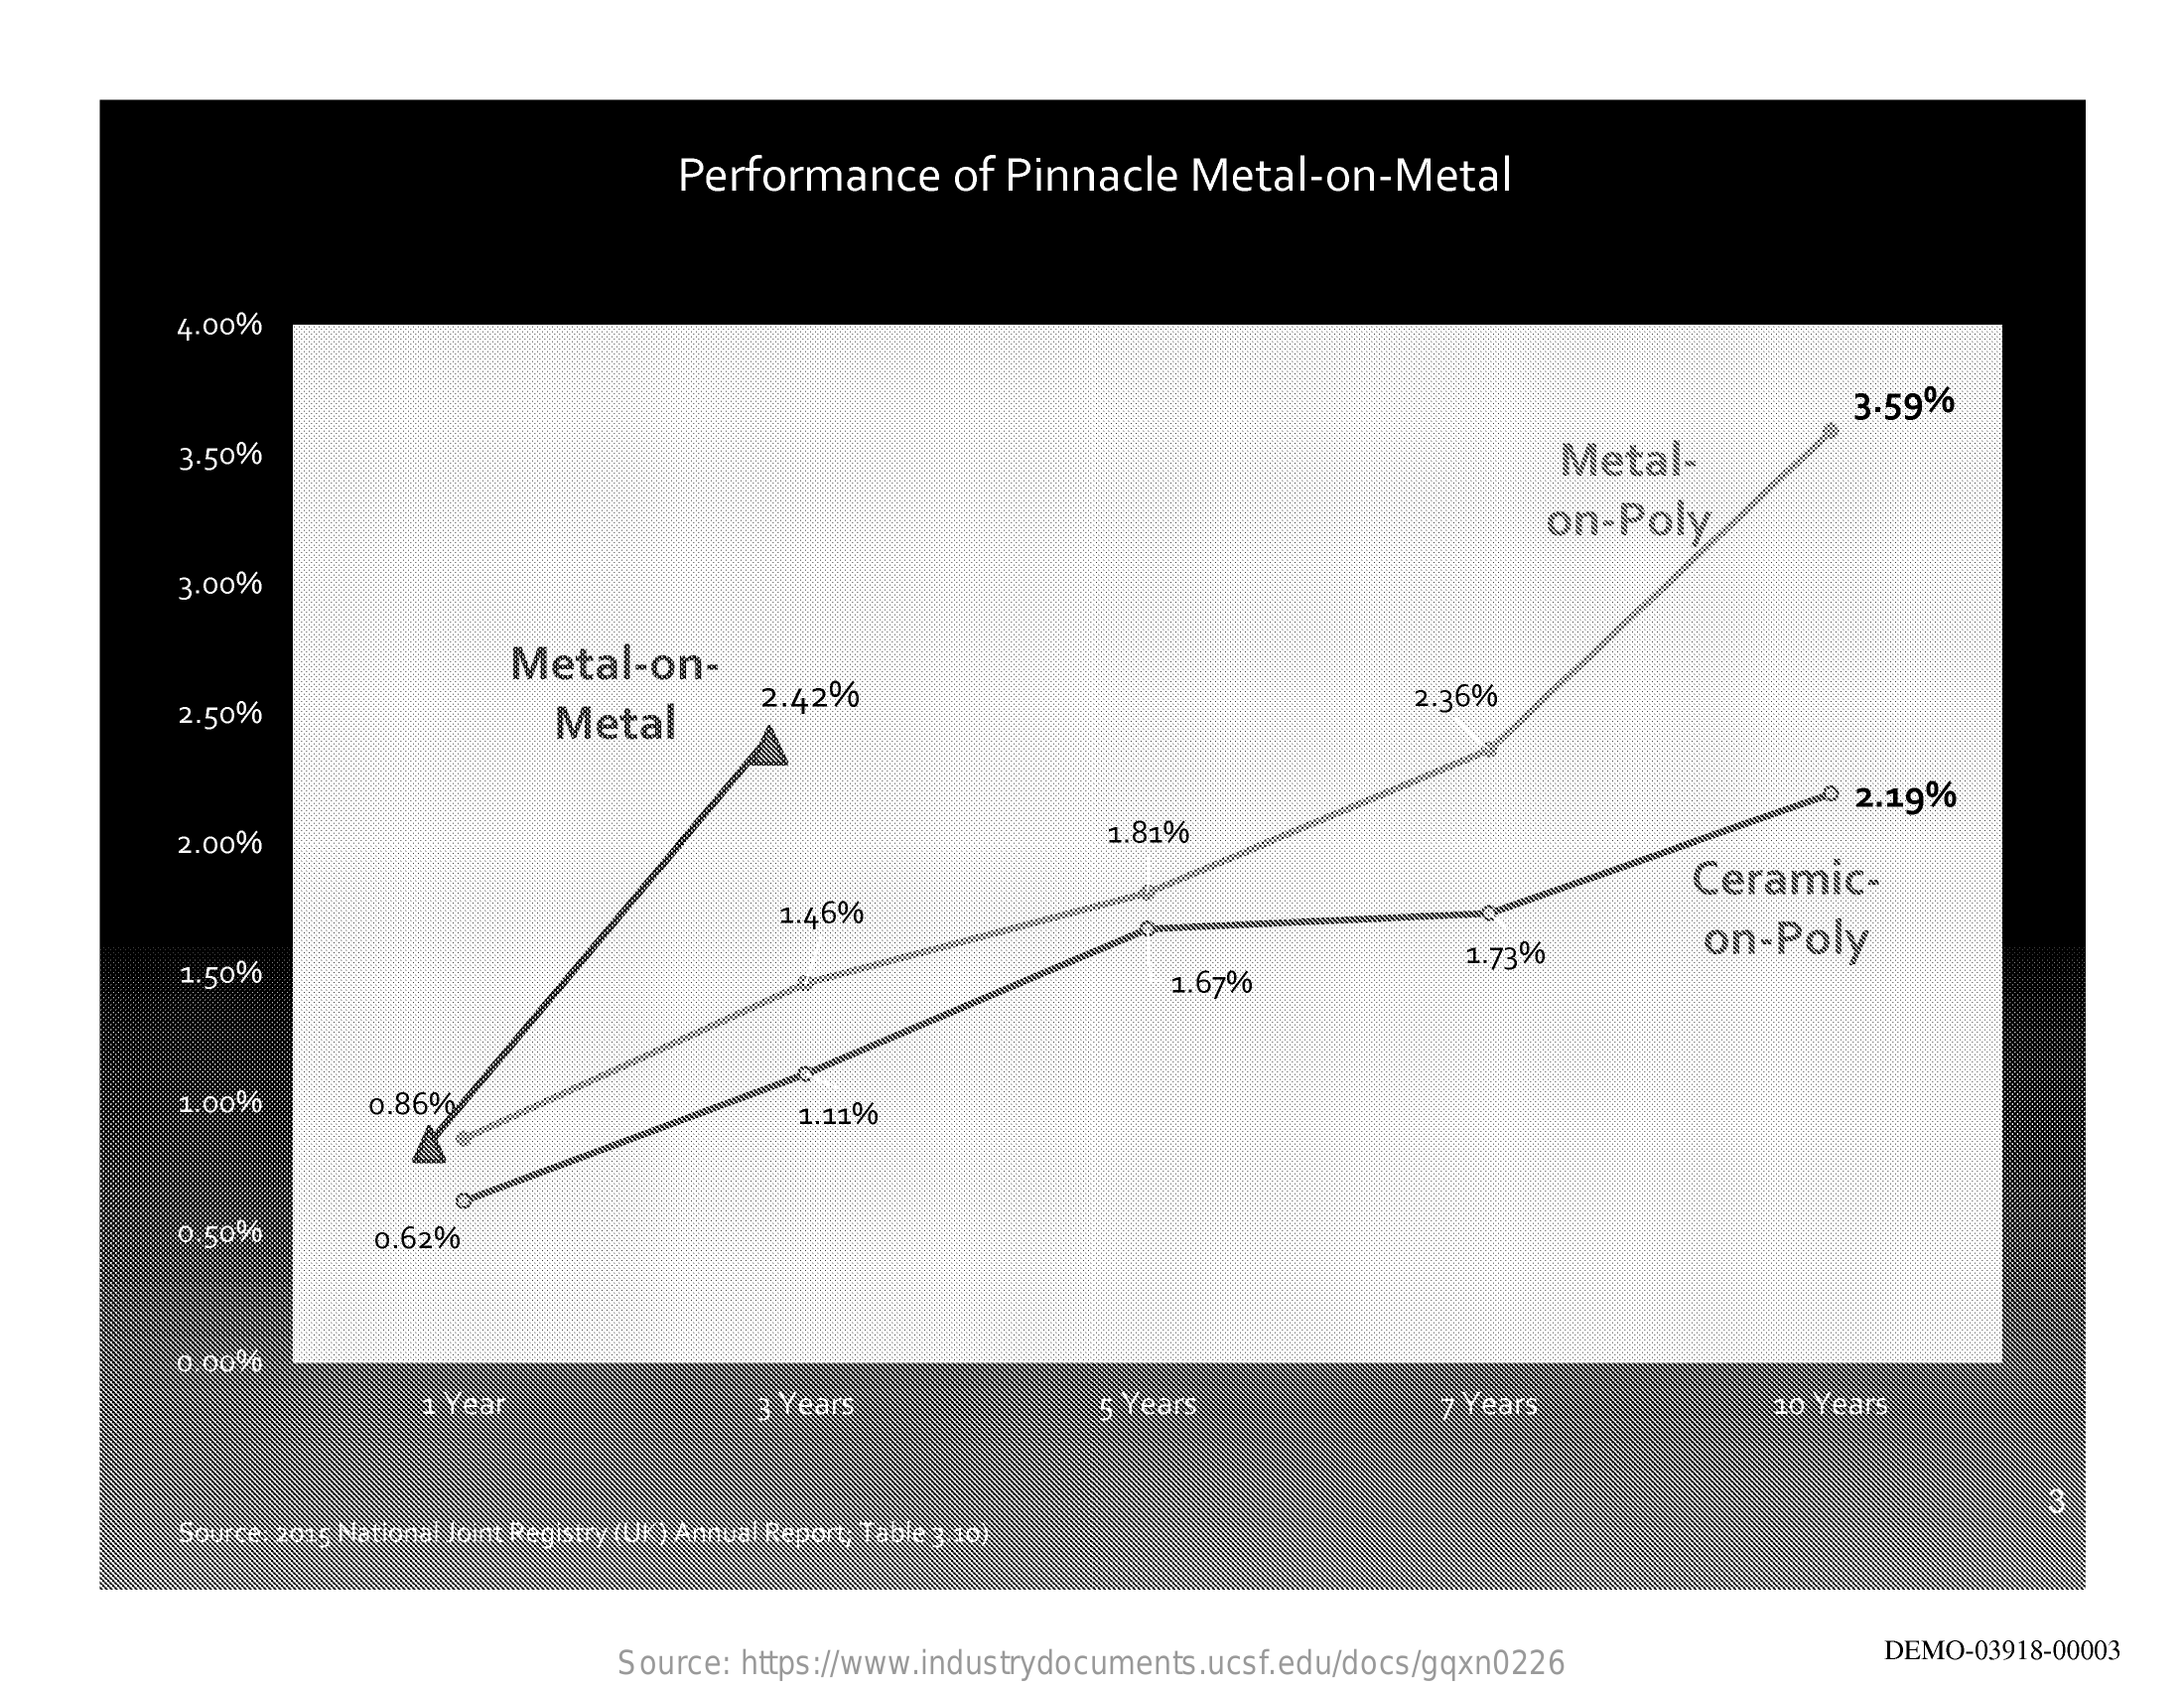
Performance    of  Pinnacle   Metal-on-Metal
     4.00%
     3.50%    Metal-
     3.59%
     3.00%
     on-Poly
     Metal-on-
     2.50%    Metal
     2.42%    2.36%
     2.00%    1.81%
     ₱ 2.19%
     1.46%
     Ceramic-
     1.50%    1.67%
     1.73%    on-Poly
     1.00%    0.86%    1.11%
     0.50%    0.62%
     0.00%
     1 Year    3 Years    5 Years    7 Years    10 Years
     Source, 2015 National Joint Registry (UK) Annual Report; Table 3.10)
     Source: https://www.industrydocuments.ucsf.edu/docs/gqxn0226
     DEMO-03918-00003